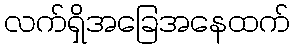
လက်ရှိအခြေအနေထက်